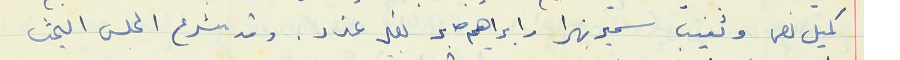
كميل نصر وتغيب سمير نهرا وابراهيم صابر بغير عذر. وقد شرع المجلس البحث